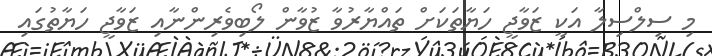
މި ސިލްސިލާ އަކީ ޒަވާޖީ ހަޔާތަކަށް ތައްޔާރުވާ ޒުވާން ލޯބިވެރިންނާއި ޒަވާޖީ ހަޔާތުގައި